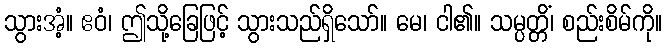
သွားအံ့။ ဧဝံ၊ ဤသို့ခြေဖြင့် သွားသည်ရှိသော်။ မေ၊ ငါ၏။ သမ္ပတ္တိံ၊ စည်းစိမ်ကို။